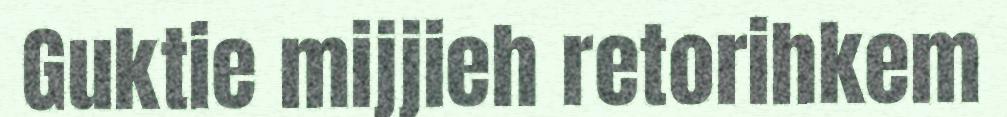
Guktie mijjieh retorihkem